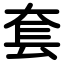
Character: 套